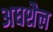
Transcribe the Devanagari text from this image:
अधशैल